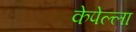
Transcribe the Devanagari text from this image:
केपेल्ला